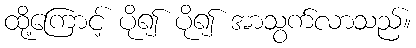
ထို့ကြောင့် ပို၍ ပို၍ အာသွက်လာသည်။